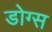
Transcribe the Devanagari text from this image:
डोग्स